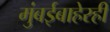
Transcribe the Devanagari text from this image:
मुंबईबाहेरही